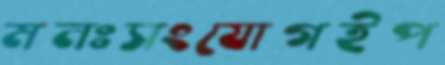
মনঃসংযোগইপ